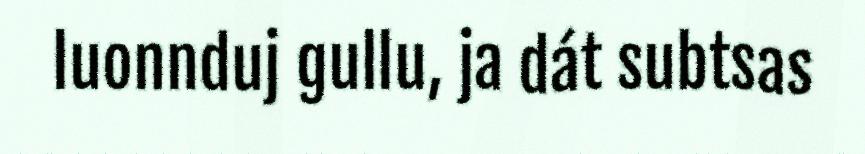
luonnduj gullu, ja dát subtsas